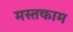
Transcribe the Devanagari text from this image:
मस्तकाम